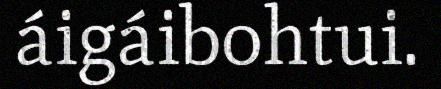
áigáibohtui.